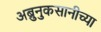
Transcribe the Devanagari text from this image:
अब्रुनुकसानीच्या